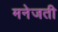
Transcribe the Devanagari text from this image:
मनेजती